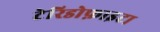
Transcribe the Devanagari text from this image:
टेरिडोफ़ाइटा